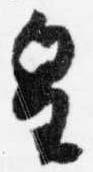
皇